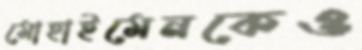
মোহাইমেনকেও